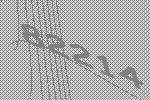
82214